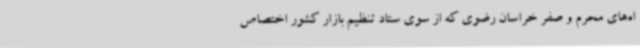
اه‌های محرم و صفر خراسان رضوی که از سوی ستاد تنظیم بازار کشور اختصاص